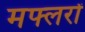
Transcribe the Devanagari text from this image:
मफ्लरों